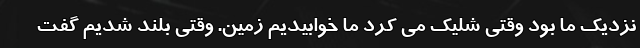
نزدیک ما بود وقتی شلیک می کرد ما خوابیدیم زمین. وقتی بلند شدیم گفت